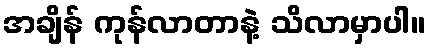
အချိန် ကုန်လာတာနဲ့ သိလာမှာပါ။